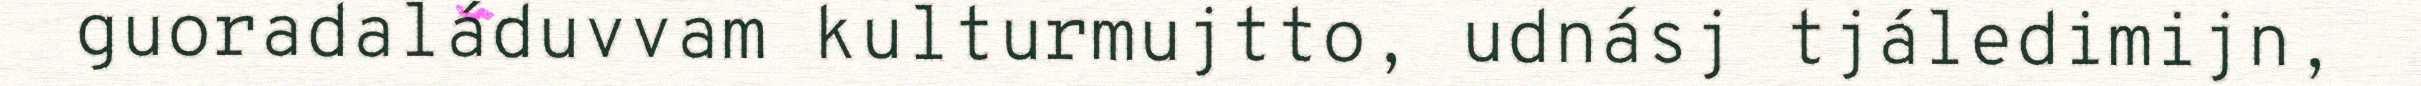
guoradaláduvvam kulturmujtto, udnásj tjáledimijn,